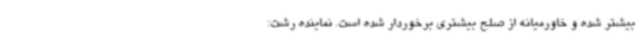
بیشتر شده و خاورمیانه از صلح بیشتری برخوردار شده است. نماینده رشت: